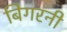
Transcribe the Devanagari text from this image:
बिगरनी